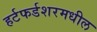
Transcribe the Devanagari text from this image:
हर्टफर्डशरमधील